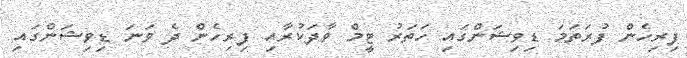
ފިރިހެން ފުރަތަމަ ޑިވިޝަންގައި ހަތަރު ޓީމް ވާދަކުރާއި ފިރިހެން ދެ ވަނަ ޑިވިޝަންގައި